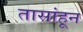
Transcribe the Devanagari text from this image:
तासांहून